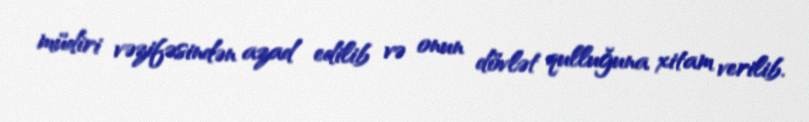
müdiri vəzifəsindən azad edilib və onun dövlət qulluğuna xitam verilib.